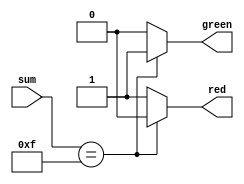
module ledToggle(sum, red, green);

	input [3:0] sum;
	output red, green;
	reg red, green;

	always @ (sum)
		begin
		if (sum == 15)
			begin
			red = 0;
			green = 1;
			end 
		else
			begin
			red = 1; 
			green = 0;
		end
	end
endmodule